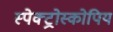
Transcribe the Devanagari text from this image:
स्पेक्ट्रोस्कोपिय